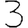
Digit: 3